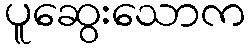
ပူဆွေးသောက